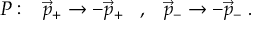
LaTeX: { \cal P } : \; \; \; \vec { p } _ { + } \rightarrow - \vec { p } _ { + } \; \; \; , \; \; \; \vec { p } _ { - } \rightarrow - \vec { p } _ { - } \; .